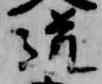
道